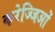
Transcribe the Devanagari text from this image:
करेज्जिओं